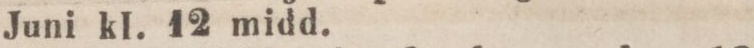
Juni kl. 12 midd.